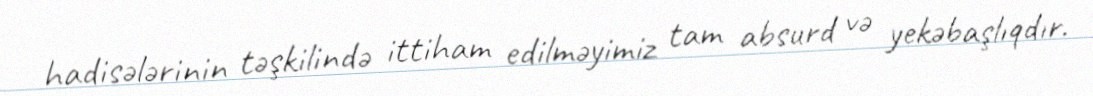
hadisələrinin təşkilində ittiham edilməyimiz tam absurd və yekəbaşlıqdır.